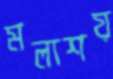
মলাশয়